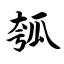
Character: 瓠